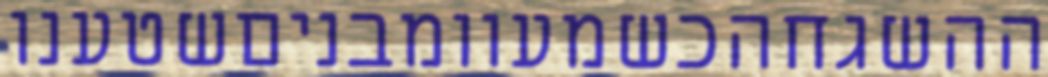
ההשגחהכשמעוומבניםשטענו